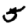
Digit: 5